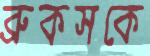
ব্রুকসকে